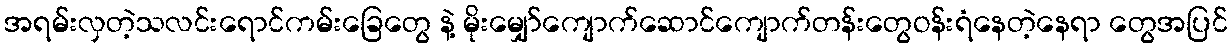
အရမ်းလှတဲ့သလင်းရောင်ကမ်းခြေတွေ နဲ့ မိုးမျှော်ကျောက်ဆောင်ကျောက်တန်းတွေဝန်းရံနေတဲ့နေရာ တွေအပြင်